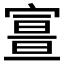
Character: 𡪏